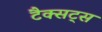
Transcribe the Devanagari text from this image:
टैक्सट्स